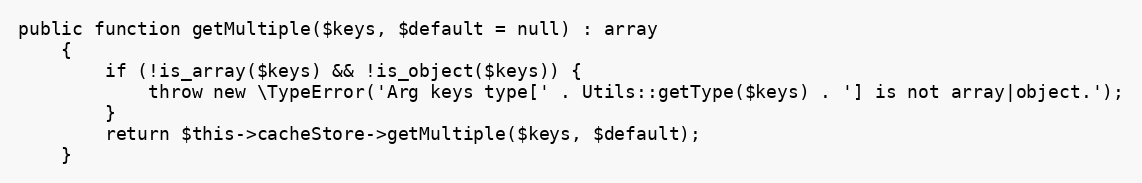
Language: PHP
public function getMultiple($keys, $default = null) : array
    {
        if (!is_array($keys) && !is_object($keys)) {
            throw new \TypeError('Arg keys type[' . Utils::getType($keys) . '] is not array|object.');
        }
        return $this->cacheStore->getMultiple($keys, $default);
    }